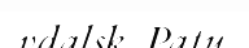
vdalsk  Patu